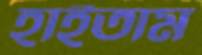
হাইতাম